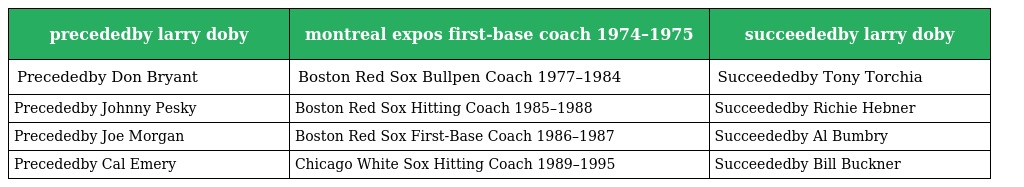
| precededby larry doby | montreal expos first-base coach 1974–1975 | succeededby larry doby |
 | --- | --- | --- |
 | Precededby Don Bryant | Boston Red Sox Bullpen Coach 1977–1984 | Succeededby Tony Torchia |
 | Precededby Johnny Pesky | Boston Red Sox Hitting Coach 1985–1988 | Succeededby Richie Hebner |
 | Precededby Joe Morgan | Boston Red Sox First-Base Coach 1986–1987 | Succeededby Al Bumbry |
 | Precededby Cal Emery | Chicago White Sox Hitting Coach 1989–1995 | Succeededby Bill Buckner |